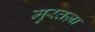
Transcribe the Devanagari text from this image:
मुरतज़ा